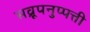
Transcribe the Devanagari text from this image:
सव्रूपनुप्पत्ती